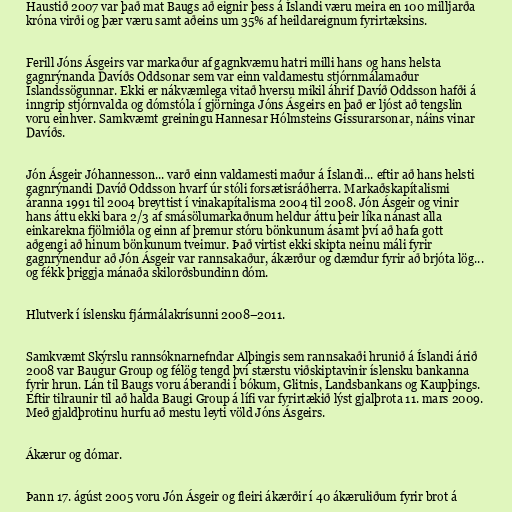
Haustið 2007 var það mat Baugs að eignir þess á Íslandi væru meira en 100 milljarða
króna virði og þær væru samt aðeins um 35% af heildareignum fyrirtæksins.

Ferill Jóns Ásgeirs var markaður af gagnkvæmu hatri milli hans og hans helsta
gagnrýnanda Davíðs Oddsonar sem var einn valdamestu stjórnmálamaður
Íslandssögunnar. Ekki er nákvæmlega vitað hversu mikil áhrif Davíð Oddsson hafði á
inngrip stjórnvalda og dómstóla í gjörninga Jóns Ásgeirs en það er ljóst að tengslin
voru einhver. Samkvæmt greiningu Hannesar Hólmsteins Gissurarsonar, náins vinar
Davíðs.

Jón Ásgeir Jóhannesson... varð einn valdamesti maður á Íslandi... eftir að hans helsti
gagnrýnandi Davíð Oddsson hvarf úr stóli forsætisráðherra. Markaðskapítalismi
áranna 1991 til 2004 breyttist í vinakapítalisma 2004 til 2008. Jón Ásgeir og vinir
hans áttu ekki bara 2/3 af smásölumarkaðnum heldur áttu þeir líka nánast alla
einkarekna fjölmiðla og einn af þremur stóru bönkunum ásamt því að hafa gott
aðgengi að hinum bönkunum tveimur. Það virtist ekki skipta neinu máli fyrir
gagnrýnendur að Jón Ásgeir var rannsakaður, ákærður og dæmdur fyrir að brjóta lög...
og fékk þriggja mánaða skilorðsbundinn dóm.

Hlutverk í íslensku fjármálakrísunni 2008–2011.

Samkvæmt Skýrslu rannsóknarnefndar Alþingis sem rannsakaði hrunið á Íslandi árið
2008 var Baugur Group og félög tengd því stærstu viðskiptavinir íslensku bankanna
fyrir hrun. Lán til Baugs voru áberandi í bókum, Glitnis, Landsbankans og Kaupþings.
Eftir tilraunir til að halda Baugi Group á lífi var fyrirtækið lýst gjalþrota 11. mars 2009.
Með gjaldþrotinu hurfu að mestu leyti völd Jóns Ásgeirs.

Ákærur og dómar.

Þann 17. ágúst 2005 voru Jón Ásgeir og fleiri ákærðir í 40 ákæruliðum fyrir brot á